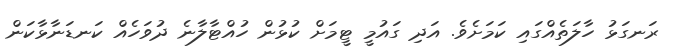
ރަނގަޅު ހާލަތެއްގައި ކަމަށެވެ. އަދި ގައުމީ ޓީމަށް ކުޅުން ހުއްޓާލާނެ ދުވަހެއް ކަނޑަނާޅާކަން